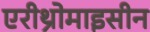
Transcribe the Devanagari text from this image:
एरीथ्रोमाइसीन